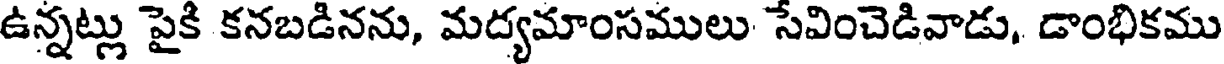
ఉన్నట్లు పైకి కనబడినను, మద్యమాంసములు సేవించెడివాడు, డాంభికము